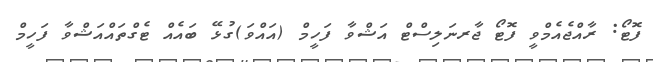
ފޮޓޯ: ރާއްޖެއެމްވީ ފޮޓޯ ޖާރނަލިސްޓް އަޝްވާ ފަހީމް (އައްވަ)ގުޅޭ ބައެއް ޓެގްތައްއަޝްވާ ފަހީމް